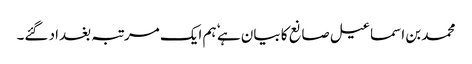
محمد بن اسماعیل صانع کا بیان ہے ٗ ہم ایک مرتبہ بغداد گئے۔